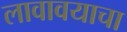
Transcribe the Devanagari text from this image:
लावावयाचा